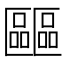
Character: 𠥺